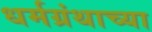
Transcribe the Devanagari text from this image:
धर्मग्रंथाच्या